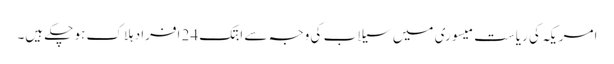
امریکہ کی ریاست میسوری میں سیلاب کی وجہ سے ابتک 24 افراد ہلاک ہو چکے ہیں۔